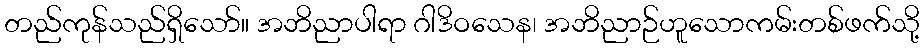
တည်ကုန်သည်ရှိသော်။ အဘိညာပါရာ ဂါဒိဝသေန၊ အဘိညာဉ်ဟူသောကမ်းတစ်ဖက်သို့